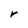
Character: r